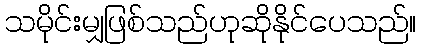
သမိုင်းမျှဖြစ်သည်ဟုဆိုနိုင်ပေသည်။